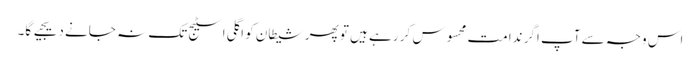
اس وجہ سے آپ اگر ندامت محسوس کر رہے ہیں تو پھر شیطان کو اگلی اسٹیج تک نہ جانے دیجیے گا۔